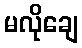
မလိုချေ